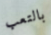
بالتعب